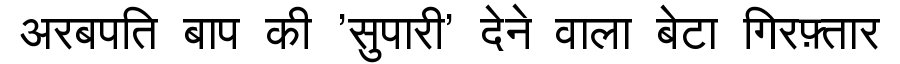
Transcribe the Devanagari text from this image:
अरबपति बाप की 'सुपारी' देने वाला बेटा गिरफ़्तार